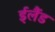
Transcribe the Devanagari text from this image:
ईलैंड